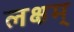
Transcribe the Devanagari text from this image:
लक्षम्